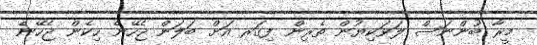
މީރާ ބުންނަސް ލަވަކިޔުން ތެރިން ފިގަރ އަށް ބަލަން ޖެހޭނެ ހިކެން ޖެހޭނެ